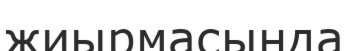
жиырмасында